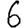
Digit: 6